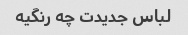
لباس جدیدت چه رنگیه